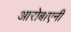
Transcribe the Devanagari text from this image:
आरोबाएनी